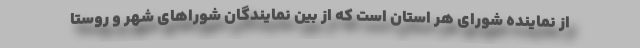
از نماینده شورای هر استان است که از بین نمایندگان شوراهای شهر و روستا